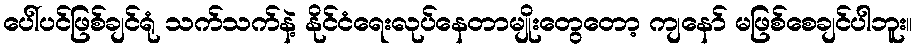
ပေါ်ပင်ဖြစ်ချင်ရုံ သက်သက်နဲ့ နိုင်ငံရေးလုပ်နေတာမျိုးတွေတော့ ကျနော် မဖြစ်စေချင်ပါဘူး။